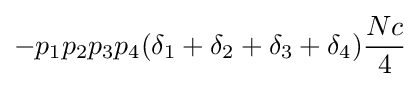
-p_{1}p_{2}p_{3}p_{4}(\delta _{1}+\delta _{2}+\delta _{3}+\delta _{4}){\frac {Nc}{4}}